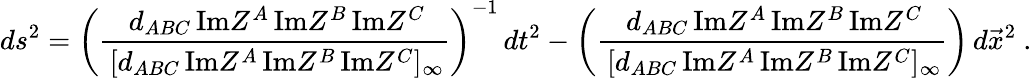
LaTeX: ds^{2}=\left({\frac{\, d_{ABC}\, \mathrm{Im}Z^{A}\, \mathrm{Im}Z^{B}\, \mathrm{Im}Z^{C}}{\, [d_{ABC}\, \mathrm{Im}Z^{A}\, \mathrm{Im}Z^{B}\, \mathrm{Im}Z^{C}]_{\infty}}}\right)^{-1}\, dt^{2}-\left({\frac{\, d_{ABC}\, \mathrm{Im}Z^{A}\, \mathrm{Im}Z^{B}\, \mathrm{Im}Z^{C}}{\, [d_{ABC}\, \mathrm{Im}Z^{A}\, \mathrm{Im}Z^{B}\, \mathrm{Im}Z^{C}]_{\infty}}}\right)\, d\vec{x}^{2}\ .